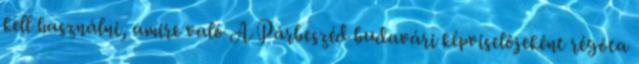
kell használni, amire való A Párbeszéd budavári képviselőjeként régóta